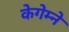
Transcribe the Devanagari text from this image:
केगेम्ने